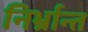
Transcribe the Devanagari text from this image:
निर्भ्रान्त